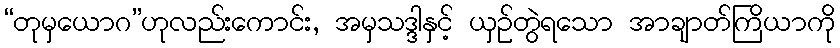
“တုမှယောဂ”ဟုလည်းကောင်း, အမှသဒ္ဒါနှင့် ယှဉ်တွဲရသော အာချာတ်ကြိယာကို